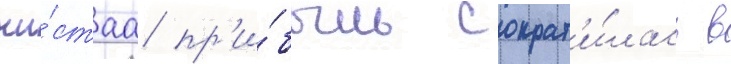
чи́стаа пр'и́быль сократ'и́лась в